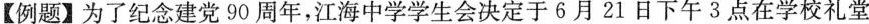
【例题】为了纪念建党90周年，江海中学学生会决定于 6月 21 日下午 3 点在学校礼堂